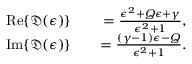
\begin{array} { r l r } { \mathrm { R e } \{ \mathfrak { D } ( \epsilon ) \} } & { { } } & { = \frac { \epsilon ^ { 2 } + Q \epsilon + \gamma } { \epsilon ^ { 2 } + 1 } , } \\ { \mathrm { I m } \{ \mathfrak { D } ( \epsilon ) \} } & { { } } & { = \frac { ( \gamma - 1 ) \epsilon - Q } { \epsilon ^ { 2 } + 1 } . } \end{array}